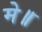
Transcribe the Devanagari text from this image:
मे॥